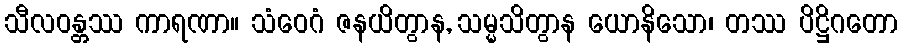
သီလဝန္တဿ ကာရဏာ။ သံဝေဂံ ဇနယိတွာန, သမ္မသိတွာန ယောနိသော၊ တဿ ပိဋ္ဌိဂတော